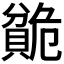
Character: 𬥣